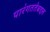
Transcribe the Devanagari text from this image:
पारंगततेबद्दल